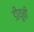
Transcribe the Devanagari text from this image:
डीयूबी